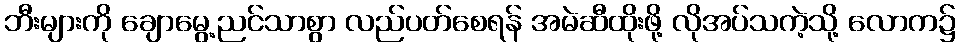
ဘီးများကို ချောမွေ့ညင်သာစွာ လည်ပတ်စေရန် အမဲဆီထိုးဖို့ လိုအပ်သကဲ့သို့ လောက၌